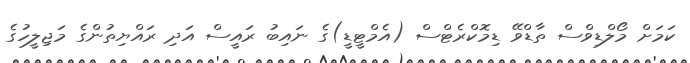
ކަމަށް މޯލްޑިވްސް ތާޑްވޭ ޑިމޮކްރެޓްސް (އެމްޓީޑީ)ގެ ނައިބު ރައީސް އަދި ރައްޔިތުންގެ މަޖިލީހުގެ